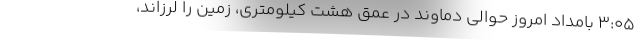
۳:۰۵ بامداد امروز حوالی دماوند در عمق هشت کیلومتری، زمین را لرزاند،